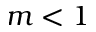
m < 1